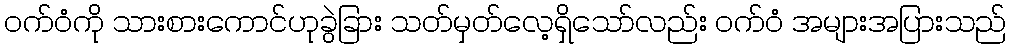
ဝက်ဝံကို သားစားကောင်ဟုခွဲခြား သတ်မှတ်လေ့ရှိသော်လည်း ဝက်ဝံ အများအပြားသည်